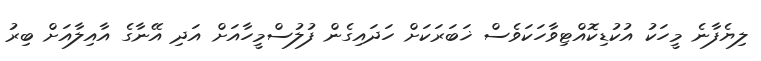
ލިޔެފާނެ މީހަކު އުކުޑިކޮއްޓިވާހަކަވެސް ޚަބަރަކަށް ހަދައިގެން ފުލުސްމީހާއަށް އަދި އޭނާގެ އާއިލާއަށް ބިރު